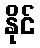
နိုင်